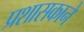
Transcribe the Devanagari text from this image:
प्रशासकाने